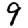
Digit: 9